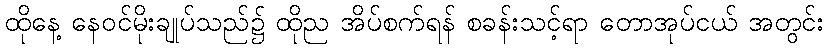
ထိုနေ့ နေဝင်မိုးချုပ်သည်၌ ထိုည အိပ်စက်ရန် စခန်းသင့်ရာ တောအုပ်ငယ် အတွင်း